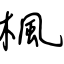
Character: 楓